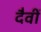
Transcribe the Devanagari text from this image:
दैवीं